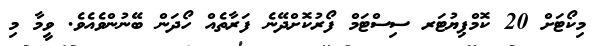
މިކޯޓަށް 20 ކޮމްޕިޔުޓަރ ސިސްޓަމް ފޯރުކޮށްދޭނެ ފަރާތެއް ހޯދަން ބޭނުންވެއެވެ. ވީމާ މި